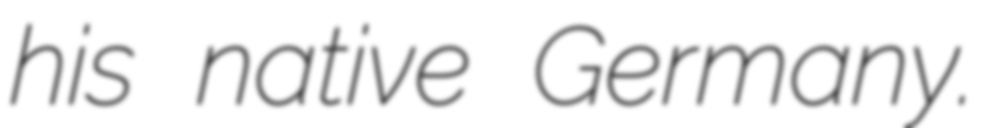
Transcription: his native Germany.